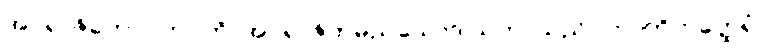
အပရာဇိတောဂဟပတိ၊ အပရာဇိတမည်သောဒါယကာသည်။ ဘာတိကတ္ထေရံ၊